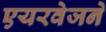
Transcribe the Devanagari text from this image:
एयरवेजने